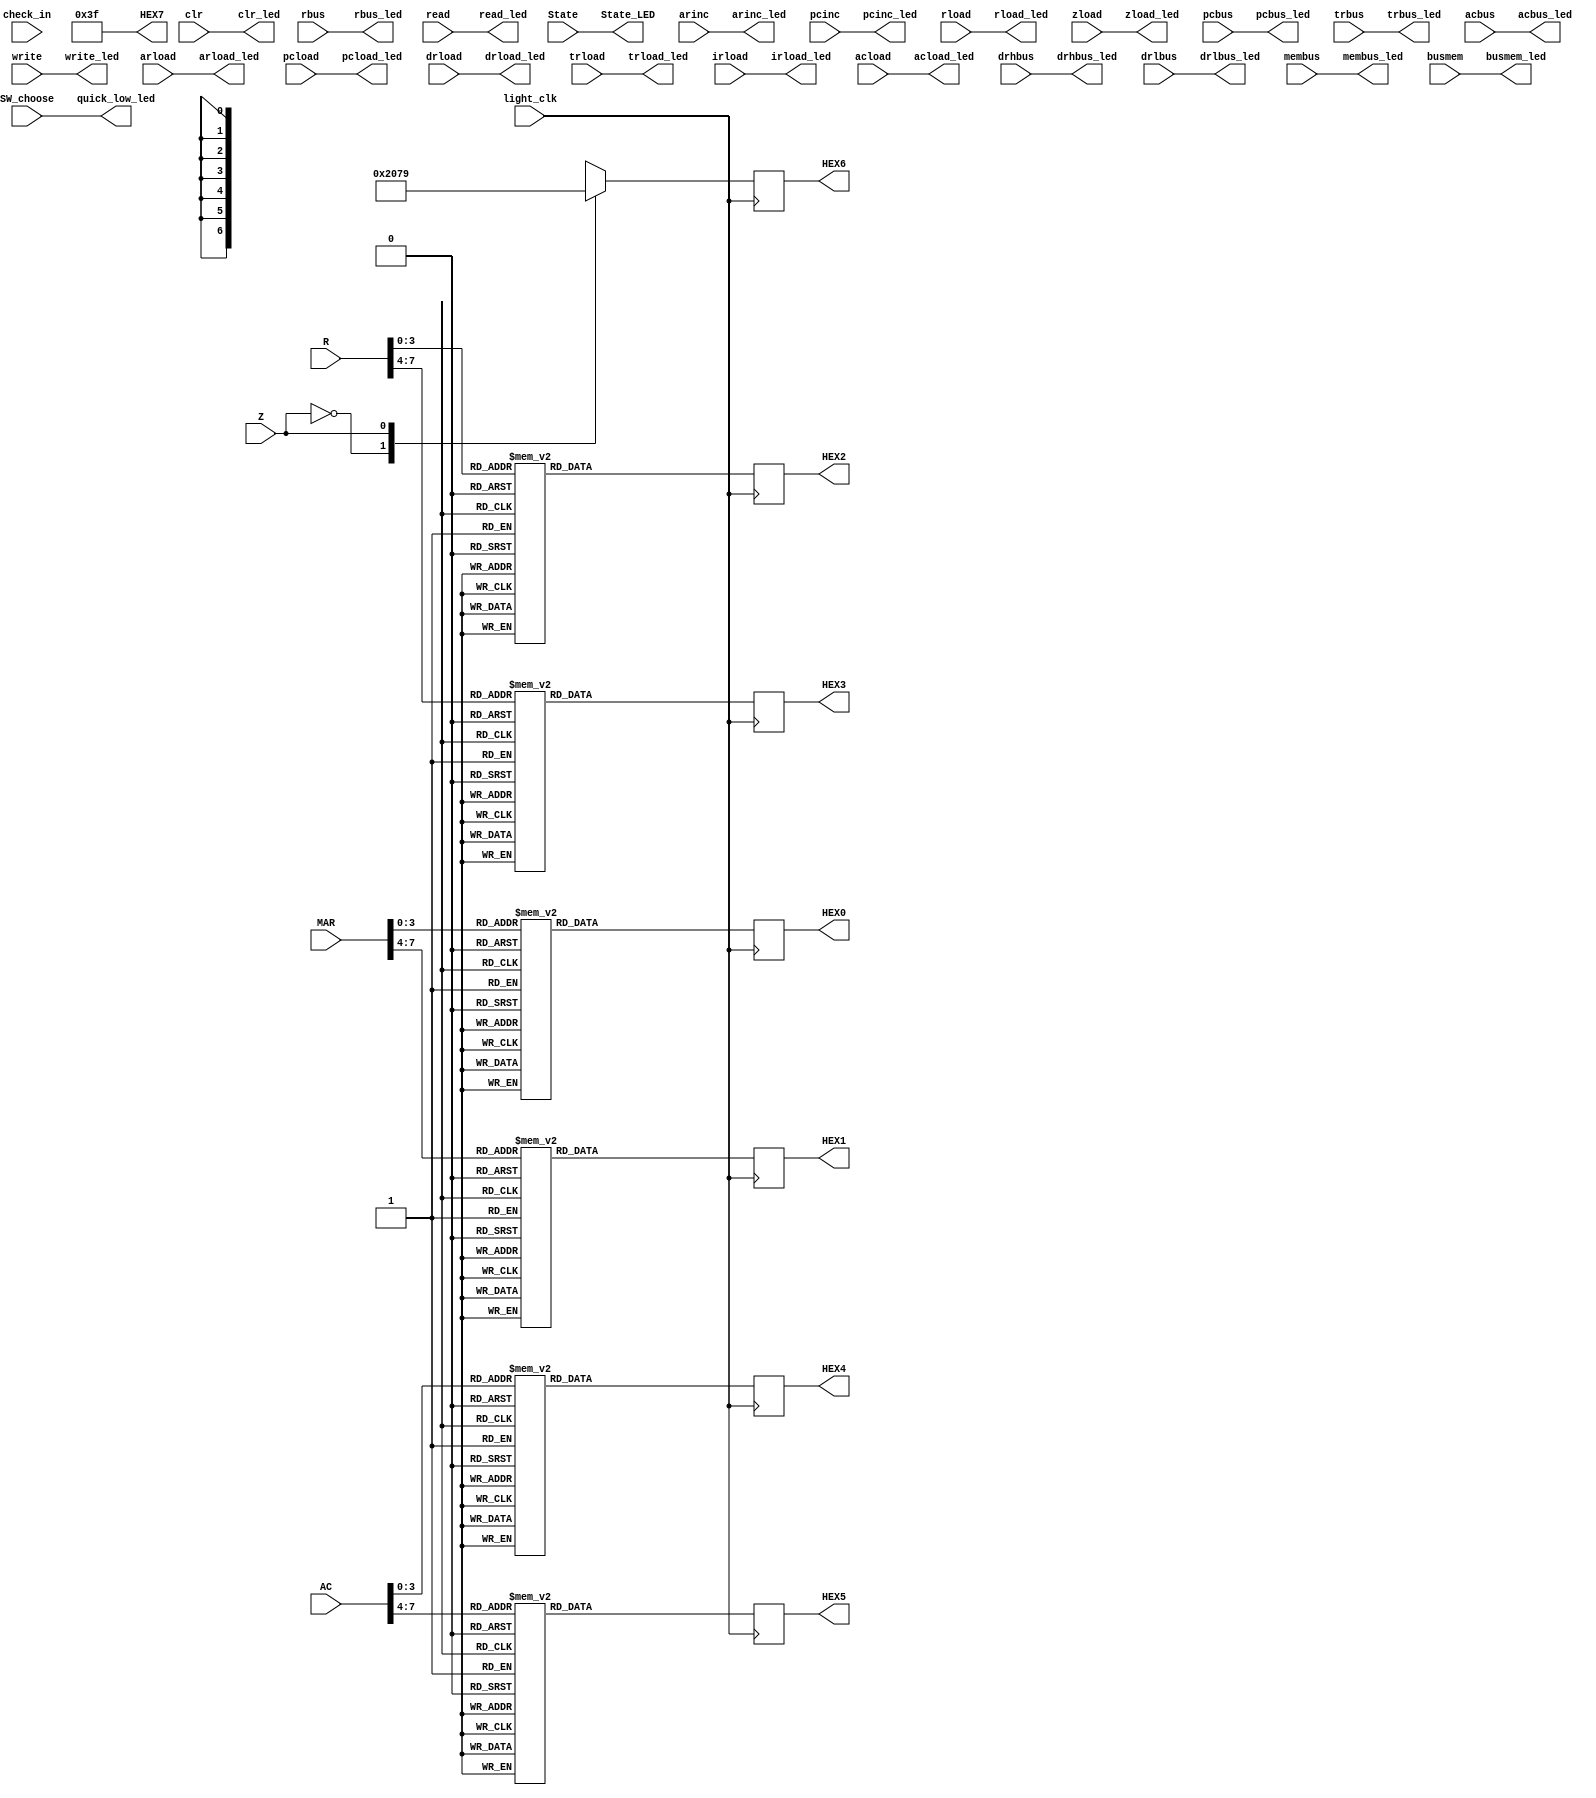
/*HEX6-HEX07*/
/*light_clklight1top.vclk_divclk_light
   SW_choose1top.v;
   check_in8check_outCPUcheck;
   readclr1
   StateCPU2CPU_Controller
   MAR8cpu.vaddr8hex0hex1
   ACacacacdbushex4hex5
   Rrrrdbushex2hex3
   Zzzhex6
   HEX0-HEX78
*/
//module light_show(light_clk,SW_choose,check_in,State,MAR,AC,R,Z,HEX0,HEX1,HEX2,HEX3,HEX4,HEX5,HEX6,HEX7,State_LED,quick_low_led);
module light_show (light_clk,SW_choose,check_in,State,MAR,
		AC,R,Z,HEX0,HEX1,HEX2,HEX3,HEX4,HEX5,HEX6,HEX7,State_LED,quick_low_led,arload,arinc,
		pcinc,pcload,drload,trload,irload,rload,acload,zload,pcbus,
		drhbus,drlbus,trbus,rbus,acbus,membus,busmem,clr,
		read_led,write_led,arload_led,arinc_led,pcinc_led,pcload_led, 
		drload_led,trload_led,irload_led,rload_led,acload_led,zload_led,
		pcbus_led,drhbus_led,drlbus_led,trbus_led,rbus_led,acbus_led,
		membus_led,busmem_led,clr_led,read,write);

input light_clk;
input SW_choose;
input [7:0] check_in;
input arload,arinc,
		pcinc,pcload,drload,trload,irload,rload,acload,zload,pcbus,
		drhbus,drlbus,trbus,rbus,acbus,membus,busmem,read,write,clr;
input [1:0] State; //LEDG1~LEDG3
input [7:0] MAR; //hex01
input [7:0] AC,R; //AChex4,5;R,hex2,3
input Z; //Zhex6

output reg [6:0] HEX0;
output reg [6:0] HEX1;
output reg [6:0] HEX2;
output reg [6:0] HEX3;
output reg [6:0] HEX4;
output reg [6:0] HEX5;
output reg [6:0] HEX6;
output [6:0] HEX7;
output [1:0] State_LED;
output quick_low_led;
output read_led,write_led,arload_led,arinc_led,pcinc_led,pcload_led, 
		drload_led,trload_led,irload_led,rload_led,acload_led,zload_led,
		pcbus_led,drhbus_led,drlbus_led,trbus_led,rbus_led,acbus_led,
		membus_led,busmem_led,clr_led;
		
assign HEX7 = 7'b0111111;
assign State_LED = State; //
assign quick_low_led = SW_choose;//
assign read_led=read;
assign write_led=write;
assign arload_led=arload;
assign arinc_led=arinc;
assign pcinc_led=pcinc;
assign pcload_led=pcload;
assign zload_led=zload;
assign pcbus_led=pcbus;
assign drload_led=drload;
assign trload_led=trload;
assign irload_led=irload;
assign rload_led=rload;
assign acload_led=acload;
assign drhbus_led=drhbus;
assign drlbus_led=drlbus;
assign membus_led=membus;
assign busmem_led=busmem;
assign trbus_led=trbus;
assign rbus_led=rbus;
assign acbus_led=acbus;
assign clr_led=clr;
//assign quick_low_led=quick_low;
//always @(posedge light_clk or negedge K6 or posedge STP)
always @(posedge light_clk)
begin

			case(MAR[3:0]) //hex0
				4'd0:HEX0 <= 7'b1000000;
				4'd1:HEX0 <= 7'b1111001;
				4'd2:HEX0 <= 7'b0100100;
				4'd3:HEX0 <= 7'b0110000;
				4'd4:HEX0 <= 7'b0011001;
				4'd5:HEX0 <= 7'b0010010;
				4'd6:HEX0 <= 7'b0000010;
				4'd7:HEX0 <= 7'b1111000;
				4'd8:HEX0 <= 7'b0000000;
				4'd9:HEX0 <= 7'b0010000;
				4'd10:HEX0 <= 7'b0011000;//a
				4'd11:HEX0 <= 7'b0000011;//b
				4'd12:HEX0 <= 7'b0100111;//c
				4'd13:HEX0 <= 7'b0100001;//d
				4'd14:HEX0 <= 7'b0000100;//e
				4'd15:HEX0 <= 7'b0001111;//f
				default:HEX0 <= 7'b0111111;
			endcase
			
			case(MAR[7:4]) //hex1
				4'd0:HEX1 <= 7'b1000000;
				4'd1:HEX1 <= 7'b1111001;
				4'd2:HEX1 <= 7'b0100100;
				4'd3:HEX1 <= 7'b0110000;
				4'd4:HEX1 <= 7'b0011001;
				4'd5:HEX1 <= 7'b0010010;
				4'd6:HEX1 <= 7'b0000010;
				4'd7:HEX1 <= 7'b1111000;
				4'd8:HEX1 <= 7'b0000000;
				4'd9:HEX1 <= 7'b0010000;
				4'd10:HEX1 <= 7'b0011000;//a
				4'd11:HEX1 <= 7'b0000011;//b
				4'd12:HEX1 <= 7'b0100111;//c
				4'd13:HEX1 <= 7'b0100001;//d
				4'd14:HEX1 <= 7'b0000100;//e
				4'd15:HEX1 <= 7'b0001111;//f
				default:HEX1 <= 7'b0111111;
			endcase
			
			case(Z) //hex6
				4'd0:HEX6 <= 7'b1000000;
				4'd1:HEX6 <= 7'b1111001;
				default:HEX6 <= 7'b0111111;
			endcase
			
			case(AC[3:0]) //hex4
				4'd0:HEX4 <= 7'b1000000;
				4'd1:HEX4 <= 7'b1111001;
				4'd2:HEX4 <= 7'b0100100;
				4'd3:HEX4 <= 7'b0110000;
				4'd4:HEX4 <= 7'b0011001;
				4'd5:HEX4 <= 7'b0010010;
				4'd6:HEX4 <= 7'b0000010;
				4'd7:HEX4 <= 7'b1111000;
				4'd8:HEX4 <= 7'b0000000;
				4'd9:HEX4 <= 7'b0010000;
				4'd10:HEX4 <= 7'b0011000;//a
				4'd11:HEX4 <= 7'b0000011;//b
				4'd12:HEX4 <= 7'b0100111;//c
				4'd13:HEX4 <= 7'b0100001;//d
				4'd14:HEX4 <= 7'b0000100;//e
				4'd15:HEX4 <= 7'b0001111;//f
				default:HEX4 <= 7'b0111111;
			endcase
			
			case(AC[7:4]) //hex5
				4'd0:HEX5 <= 7'b1000000;
				4'd1:HEX5 <= 7'b1111001;
				4'd2:HEX5 <= 7'b0100100;
				4'd3:HEX5 <= 7'b0110000;
				4'd4:HEX5 <= 7'b0011001;
				4'd5:HEX5 <= 7'b0010010;
				4'd6:HEX5 <= 7'b0000010;
				4'd7:HEX5 <= 7'b1111000;
				4'd8:HEX5 <= 7'b0000000;
				4'd9:HEX5 <= 7'b0010000;
				4'd10:HEX5 <= 7'b0011000;//a
				4'd11:HEX5 <= 7'b0000011;//b
				4'd12:HEX5 <= 7'b0100111;//c
				4'd13:HEX5 <= 7'b0100001;//d
				4'd14:HEX5 <= 7'b0000100;//e
				4'd15:HEX5 <= 7'b0001111;//f
				default:HEX5 <= 7'b0111111;
			endcase
			
			case(R[3:0]) //hex2
				4'd0:HEX2 <= 7'b1000000;
				4'd1:HEX2 <= 7'b1111001;
				4'd2:HEX2 <= 7'b0100100;
				4'd3:HEX2 <= 7'b0110000;
				4'd4:HEX2 <= 7'b0011001;
				4'd5:HEX2 <= 7'b0010010;
				4'd6:HEX2 <= 7'b0000010;
				4'd7:HEX2 <= 7'b1111000;
				4'd8:HEX2 <= 7'b0000000;
				4'd9:HEX2 <= 7'b0010000;
				4'd10:HEX2 <= 7'b0011000;//a
				4'd11:HEX2 <= 7'b0000011;//b
				4'd12:HEX2 <= 7'b0100111;//c
				4'd13:HEX2 <= 7'b0100001;//d
				4'd14:HEX2 <= 7'b0000100;//e
				4'd15:HEX2 <= 7'b0001111;//f
				default:HEX2 <= 7'b0111111;
			endcase
			
			case(R[7:4]) //hex3
				4'd0:HEX3 <= 7'b1000000;
				4'd1:HEX3 <= 7'b1111001;
				4'd2:HEX3 <= 7'b0100100;
				4'd3:HEX3 <= 7'b0110000;
				4'd4:HEX3 <= 7'b0011001;
				4'd5:HEX3 <= 7'b0010010;
				4'd6:HEX3 <= 7'b0000010;
				4'd7:HEX3 <= 7'b1111000;
				4'd8:HEX3 <= 7'b0000000;
				4'd9:HEX3 <= 7'b0010000;
				4'd10:HEX3 <= 7'b0011000;//a
				4'd11:HEX3 <= 7'b0000011;//b
				4'd12:HEX3 <= 7'b0100111;//c
				4'd13:HEX3 <= 7'b0100001;//d
				4'd14:HEX3 <= 7'b0000100;//e
				4'd15:HEX3 <= 7'b0001111;//f
				default:HEX3 <= 7'b0111111;
			endcase	
end

assign State_LED = State; //
assign quick_low_led = SW_choose;//

endmodule